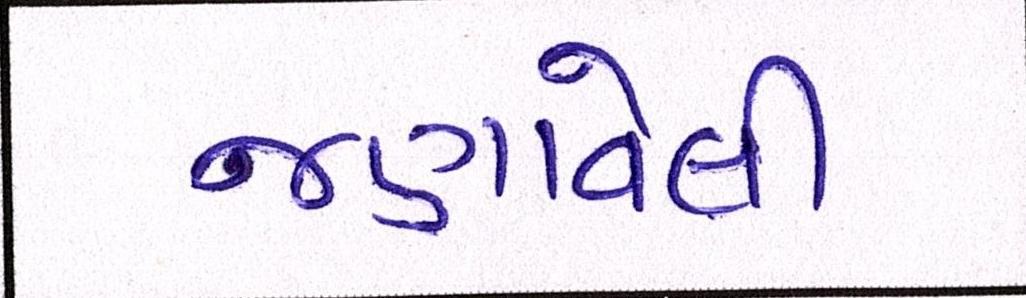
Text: જણાવેલી